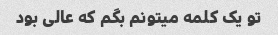
تو یک کلمه میتونم بگم که عالی بود